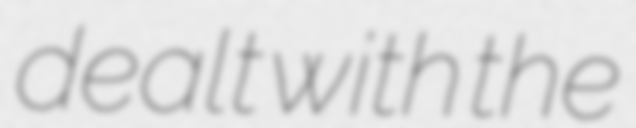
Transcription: dealt with the